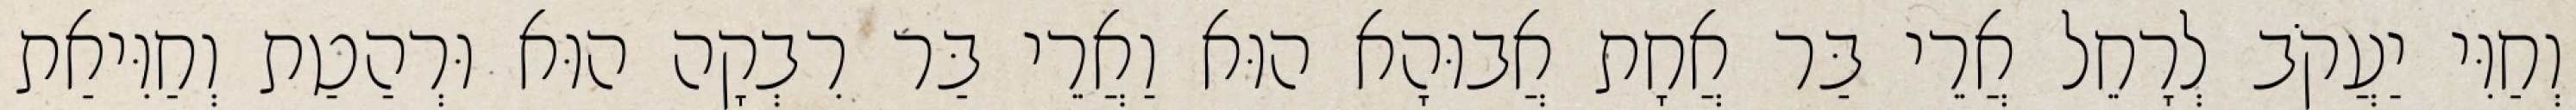
וְחַוִּי יַעֲקֹב לְרָחֵל אֲרֵי בַּר אֲחָת אֲבוּהָא הוּא וַאֲרֵי בַּר רִבְקָה הוּא וּרְהַטַת וְחַוִּיאַת